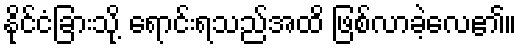
နိုင်ငံခြားသို့ ရောင်းရသည်အထိ ဖြစ်လာခဲ့လေ၏။